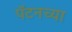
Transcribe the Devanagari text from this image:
पॅटनच्या